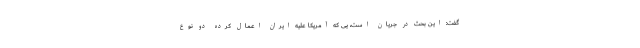
گفت: این بحث در جریان است، یی که آمریکا علیه ایران اعمال کرده دو نوع